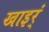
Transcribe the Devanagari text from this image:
खाइर्ं